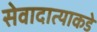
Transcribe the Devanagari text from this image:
सेवादात्याकडे